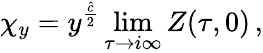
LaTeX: \chi_{y}=y^{\frac{\hat{c}}{2}}\operatorname*{lim}_{\tau\rightarrow i\infty}Z(\tau,0)\, ,